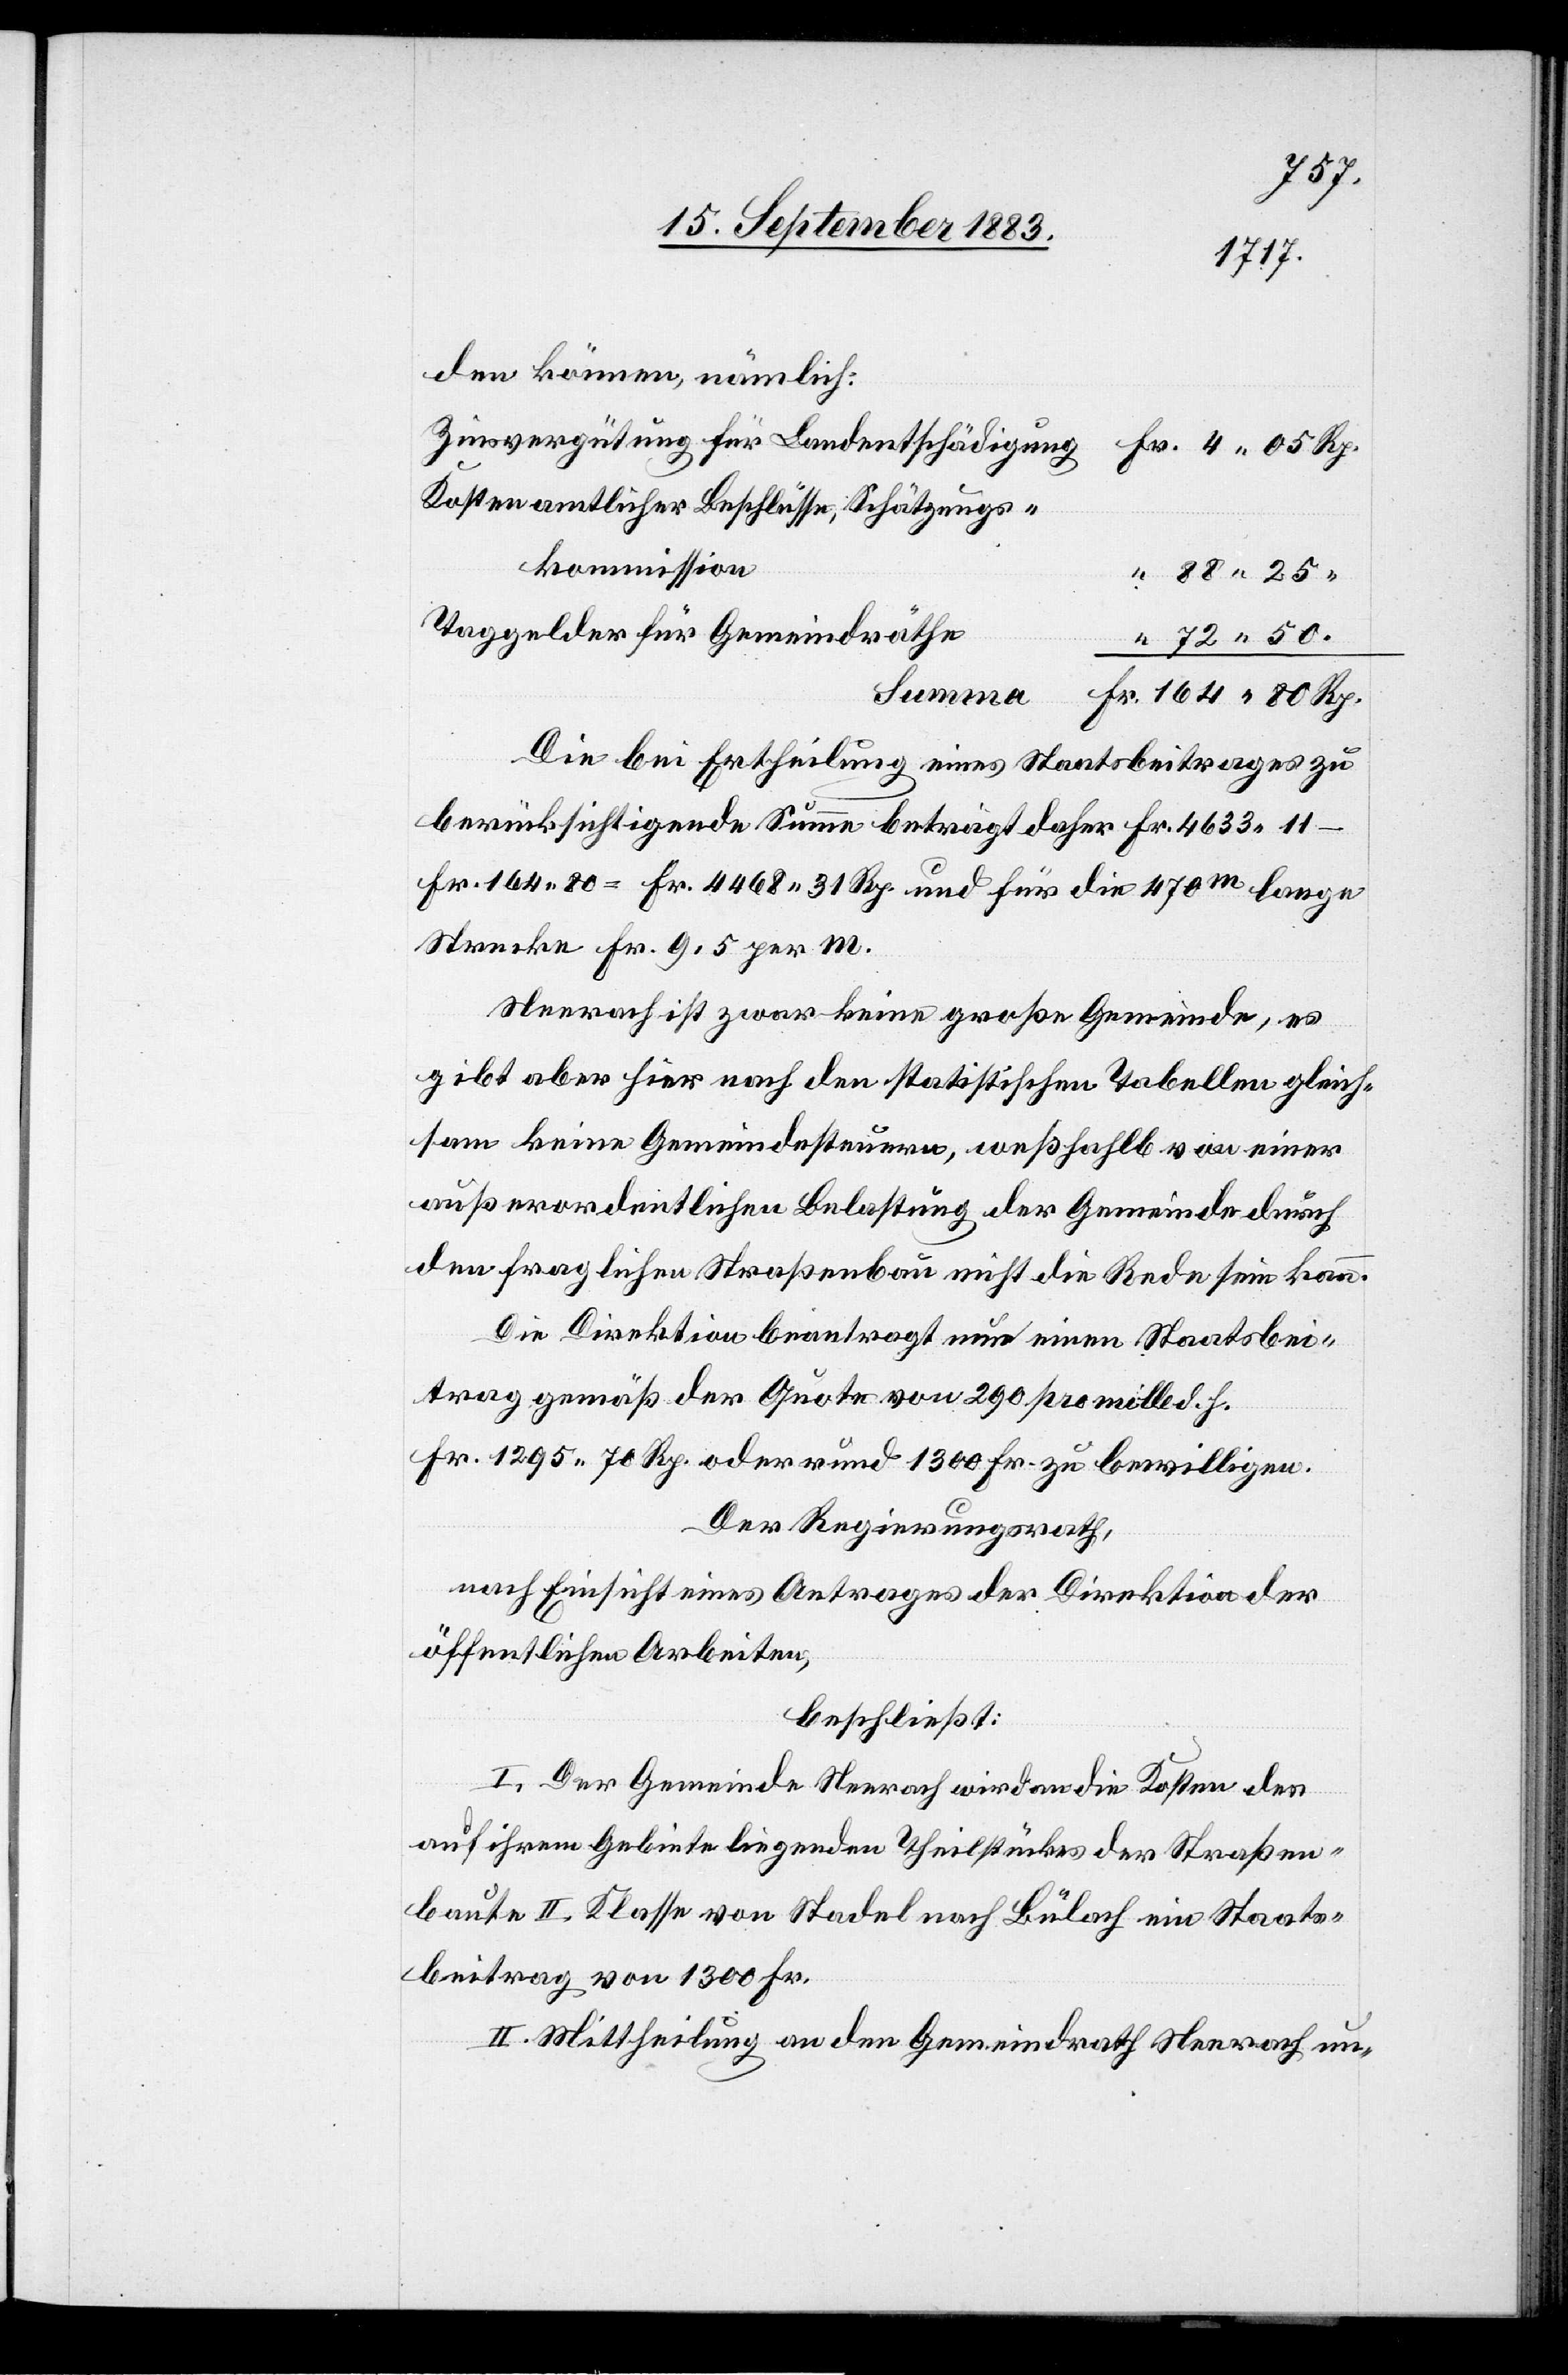
den können, nämlich:
Kosten amtlicher Beschlüsse, Schätzungs¬
kommission
Taggelder für Gemeindräthe
Die bei Ertheilung eines Staatsbeitrages zu
berücksichtigende Summe beträgt daher Fr. 4633 11 –
Fr. 164 80 = Fr. 4468 31 Rp. und für die 470m lange
Strecke Fr. 9.5 per m.
Neerach ist zwar keine große Gemeinde, es
gibt aber hier nach den statistischen Tabellen gleich¬
sam keine Gemeindesteuern, weßhalb von einer
außerordentlichen Belastung der Gemeinde durch
den fraglichen Straßenbau nicht die Rede sein kann.
Die Direktion beantragt nun einen Staatsbei¬
trag gemäß der Quote von 290 pro mille d. h.
Fr. 1295 70 Rp. oder rund 1300 Fr. zu bewilligen.
Der Regierungsrath,
nach Einsicht eines Antrages der Direktion der
öffentlichen Arbeiten,
beschließt:
I. Der Gemeinde Neerach wird an die Kosten des
auf ihrem Gebiete liegenden Theilstückes der Straßen¬
baute II. Klasse von Stadel nach Bülach ein Staats¬
beitrag von 1300 Fr.
II. Mittheilung an den Gemeindrath Neerach un-